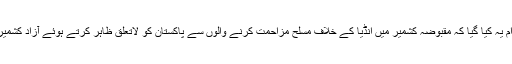
اس کے ساتھ ہی کشمیریوں کی جدوجہد کے خلاف دوسرا بڑا اقدام یہ کیا گیا کہ مقبوضہ کشمیر میں انڈیا کے خلاف مسلح مزاحمت کرنے والوں سے پاکستان کو لاتعلق ظاہر کرتے ہوئے آزاد کشمیر میں کشمیری فریڈم فائٹرز کے ہر قسم کے کیمپ بند کر دیئے۔